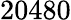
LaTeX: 20480